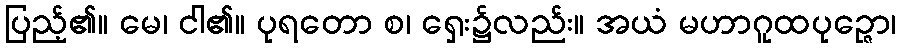
ပြည့်၏။ မေ၊ ငါ၏။ ပုရတော စ၊ ရှေး၌လည်း။ အယံ မဟာဂူထပုဉ္ဇော၊